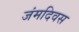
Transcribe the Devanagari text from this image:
जंमदिवस